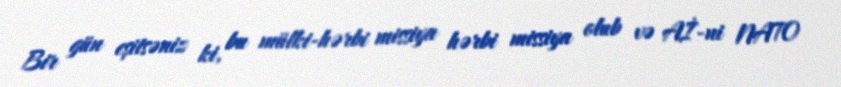
Bir gün eşitsəniz ki, bu mülki-hərbi missiya hərbi missiya olub və Aİ-ni NATO